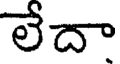
లేదా